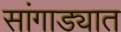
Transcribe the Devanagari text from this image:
सांगाड्यात